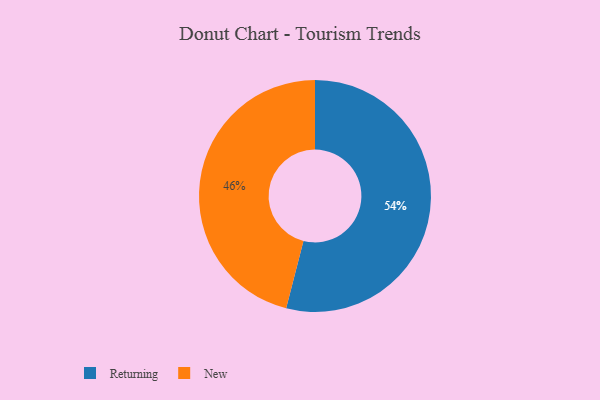
{"axis": {"x": "Category", "y": "Percentage"}, "legend": ["New", "Returning"], "data": [{"x": "New", "y": 46, "type": "New"}, {"x": "Returning", "y": 54, "type": "Returning"}]}